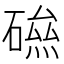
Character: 𥕃